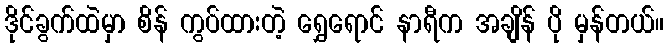
ဒိုင်ခွက်ထဲမှာ စိန် ကွပ်ထားတဲ့ ရွှေရောင် နာရီက အချိန် ပို မှန်တယ်။